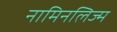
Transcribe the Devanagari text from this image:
नामिनलिज्म